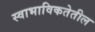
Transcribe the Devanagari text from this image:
स्वाभाविकतेतील